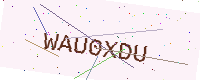
Text: WAU0XDU